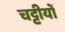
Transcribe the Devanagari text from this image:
चट्टीयों